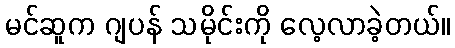
မင်ဆူက ဂျပန် သမိုင်းကို လေ့လာခဲ့တယ်။